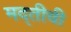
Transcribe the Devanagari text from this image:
मद्तीची